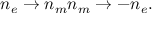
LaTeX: n _ { e } \rightarrow n _ { m } n _ { m } \rightarrow - n _ { e } .